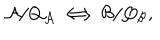
LaTeX: { \cal A } / Q _ { \cal A } \Longleftrightarrow { \cal B } / Q _ { \cal B } ,